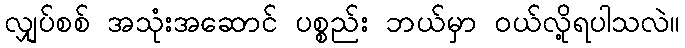
လျှပ်စစ် အသုံးအဆောင် ပစ္စည်း ဘယ်မှာ ဝယ်လို့ရပါသလဲ။